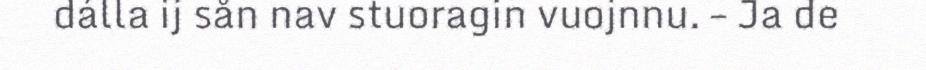
dálla ij sån nav stuoragin vuojnnu. – Ja de